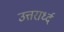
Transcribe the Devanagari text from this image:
उत्तरार्ध्द